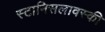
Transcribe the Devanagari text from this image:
स्टानिसलावस्की